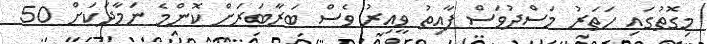
މިގޮތުގައި ހަތަރު މަސްދުވަސް ފާއިތު ވީއިރު ވެސް ބަރާބަރަށް ކޮންމެ ނަމާދަކަށް 50